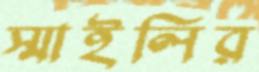
স্মাইলির